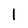
Character: 1